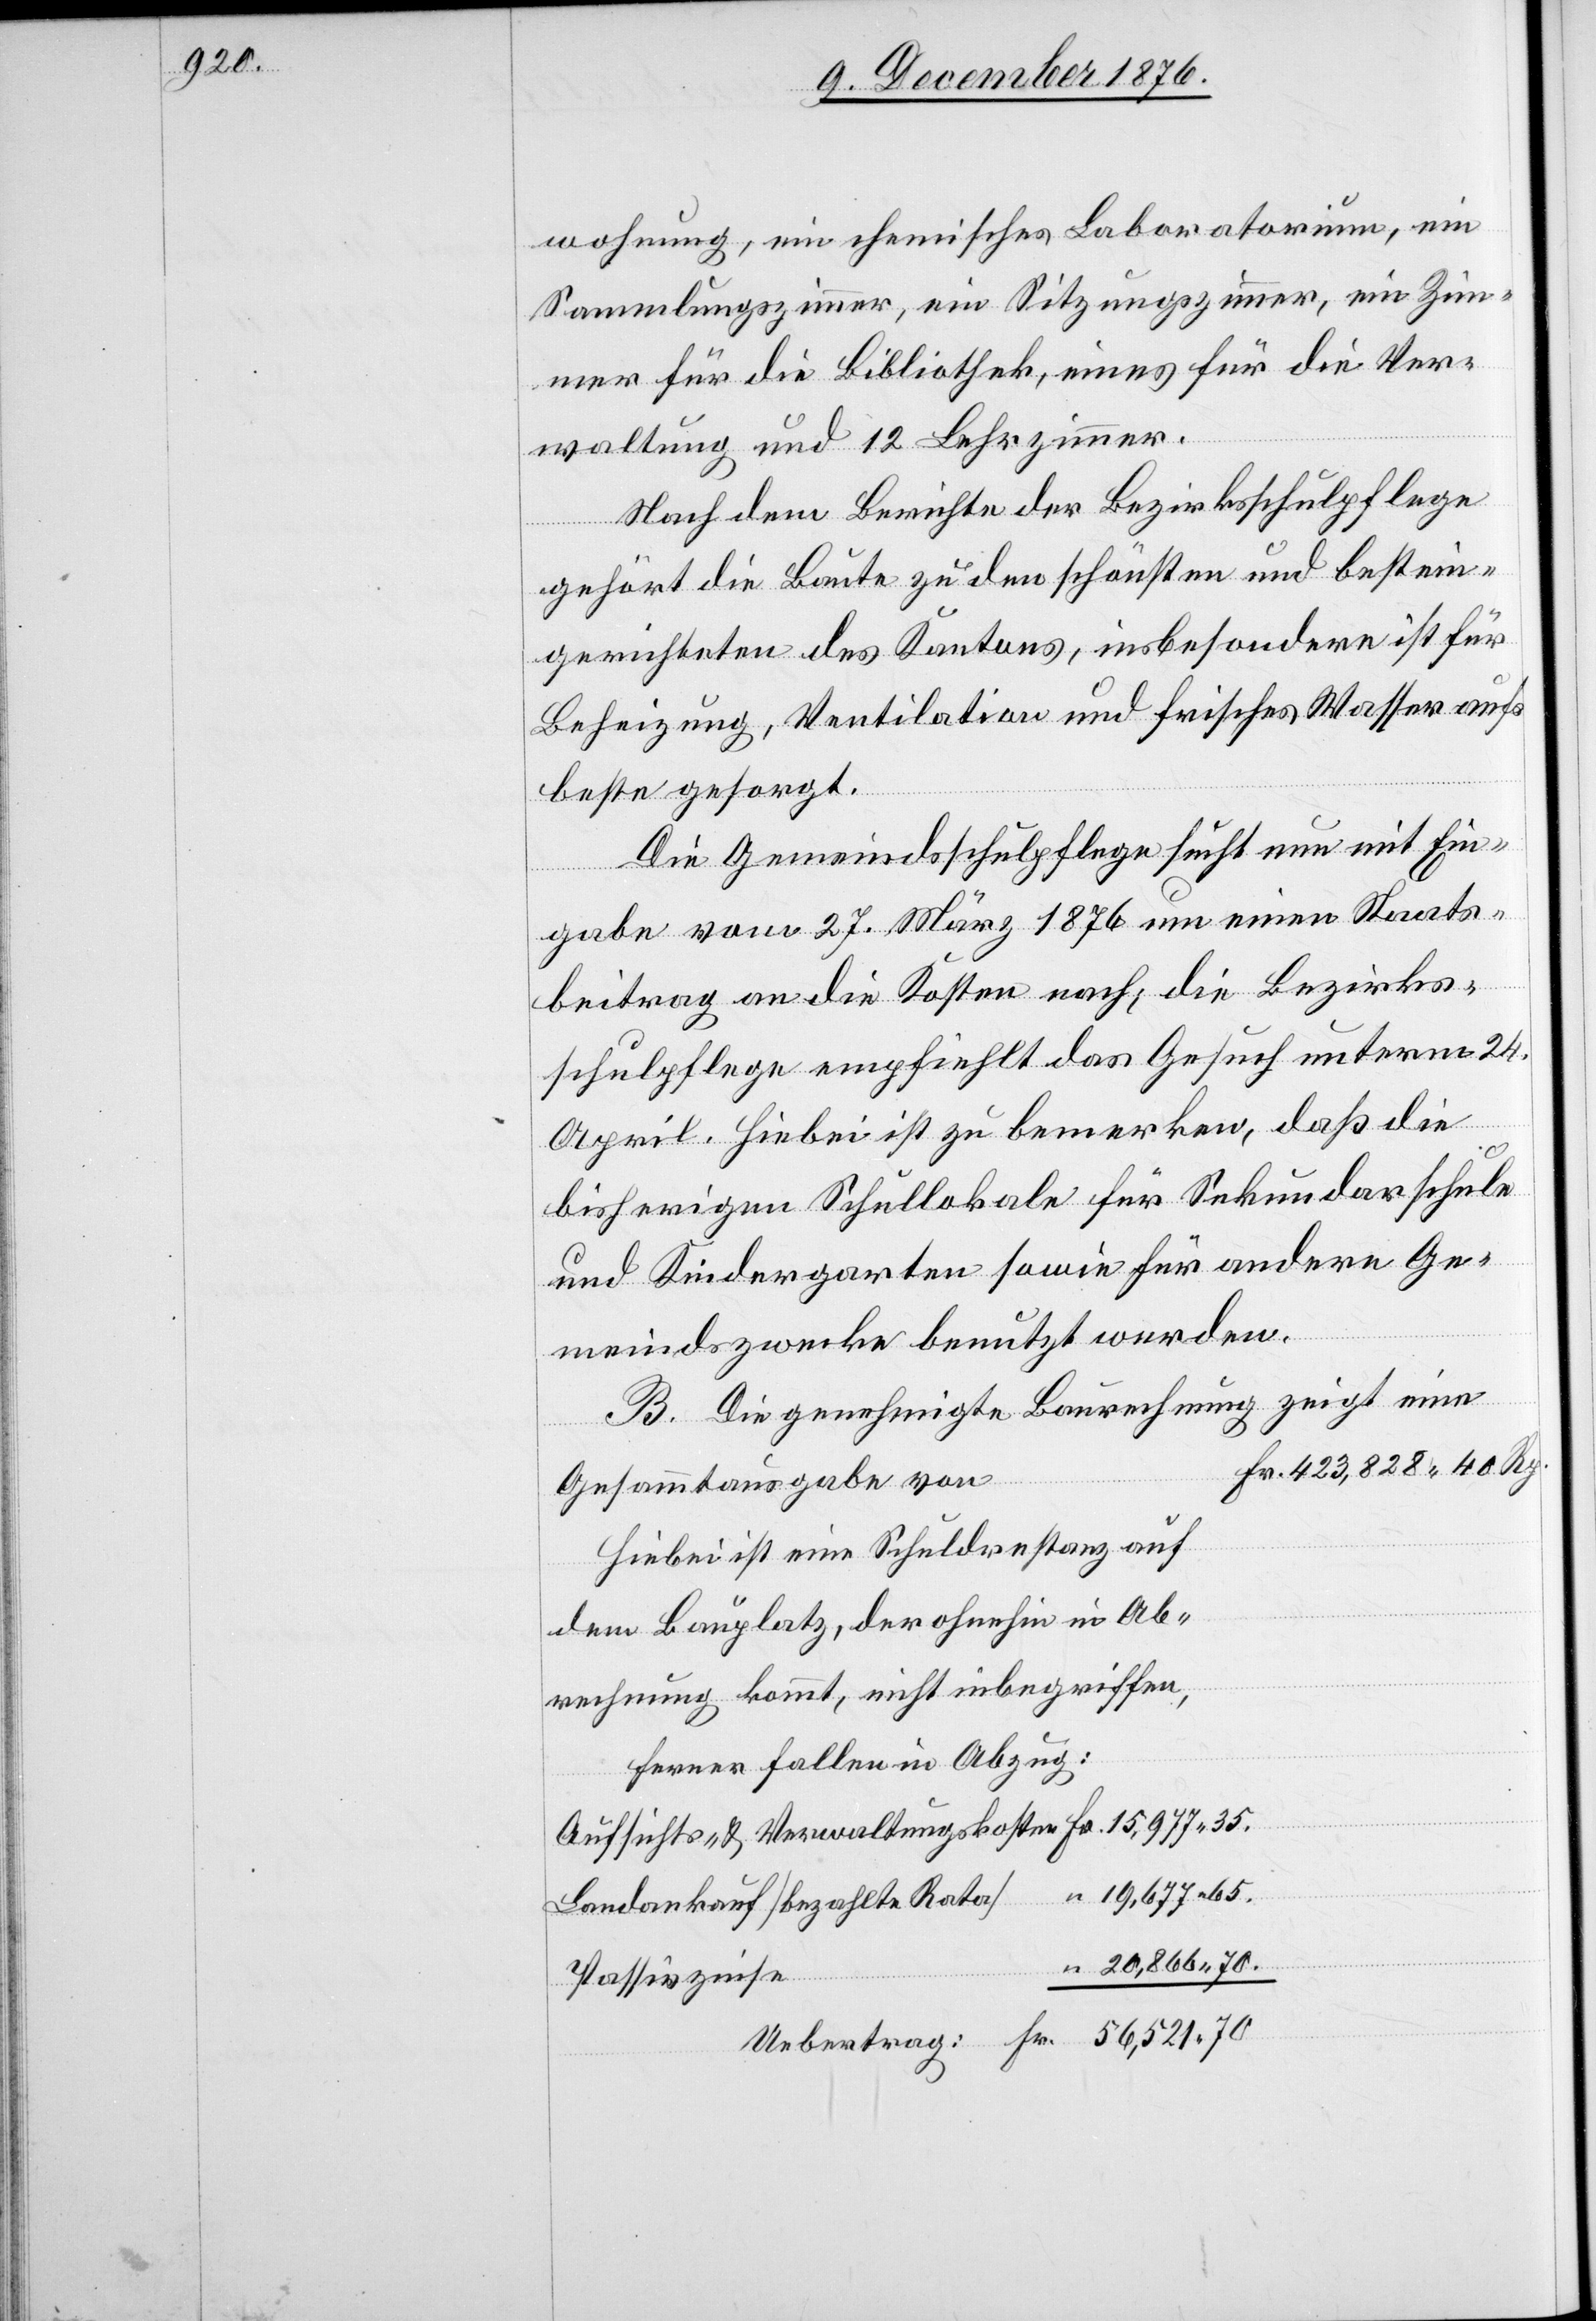
wohnung, ein chemisches Laboratorium, ein
Sammlungszimmer, ein Sitzungszimmer, ein Zim¬
mer für die Bibliothek, eines für die Ver¬
waltung und 12 Lehrzimmer.
Nach dem Berichte der Bezirksschulpflege
gehört die Baute zu den schönsten und bestein¬
gerichteten des Kantons, insbesondere ist für
Beheizung, Ventilation und frisches Wasser aufs
beste gesorgt.
Die Gemeindsschulpflege sucht nun mit Ein¬
gabe vom 27. März 1876 um einen Staats¬
beitrag an die Kosten nach; die Bezirks¬
schulpflege empfiehlt das Gesuch unterm 24.
Fr.
April. Hiebei ist zu bemerken, daß die
bisherigen Schullokale für Sekundarschule
und Kindergarten sowie für andere Ge¬
meindszwecke benutzt werden.
B. Die genehmigte Baurechnung zeigt
Gesammtausgabe von
Hiebei ist eine Schuldrestanz auf
dem Bauplatz, der ohnehin in Ab¬
rechnung kommt, nicht inbegriffen,
ferner fallen in Abzug:
Passivzinse